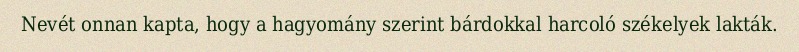
Nevét onnan kapta, hogy a hagyomány szerint bárdokkal harcoló székelyek lakták.